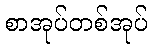
စာအုပ်တစ်အုပ်